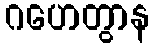
ဂဟေတွာန